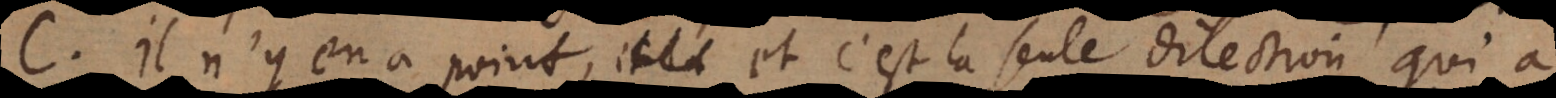
C. Il n’y en a point, et c’est la seule dilection qui a